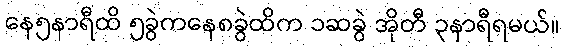
နေ၅နာရီထိ ၅ခွဲကနေ၈ခွဲထိက ၁ဆခွဲ အိုတီ ၃နာရီရမယ်။